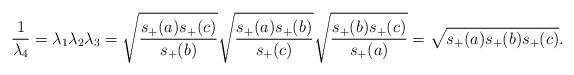
LaTeX: \begin{align*}\frac{1}{\lambda_4} = \lambda_1\lambda_2\lambda_3 = \sqrt{\frac{s_{+}(a)s_{+}(c)}{s_{+}(b)}} \sqrt{\frac{s_{+}(a)s_{+}(b)}{s_{+}(c)}} \sqrt{\frac{s_{+}(b)s_{+}(c)}{s_{+}(a)}} = \sqrt{s_+(a)s_+(b)s_+(c)}.\end{align*}